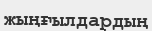
жыңғылдардың